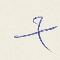
X